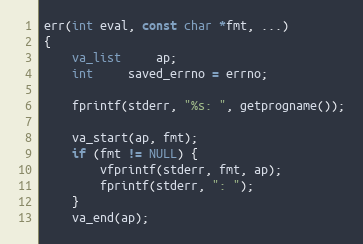
Language: C
err(int eval, const char *fmt, ...)
{
	va_list	 ap;
	int	 saved_errno = errno;

	fprintf(stderr, "%s: ", getprogname());

	va_start(ap, fmt);
	if (fmt != NULL) {
		vfprintf(stderr, fmt, ap);
		fprintf(stderr, ": ");
	}
	va_end(ap);